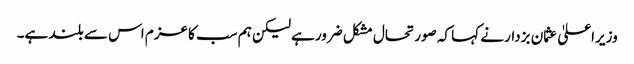
وزیراعلیٰ عثمان بزدار نے کہا کہ صورتحال مشکل ضرورہے لیکن ہم سب کا عزم اس سے بلند ہے۔